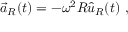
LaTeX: { \vec { a } } _ { R } ( t ) = - \omega ^ { 2 } R { \hat { u } } _ { R } ( t ) \ ,